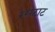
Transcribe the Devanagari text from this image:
रसटाट